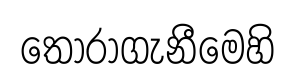
තෝරාගැනීමෙහි